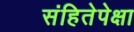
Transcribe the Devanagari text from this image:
संहितेपेक्षा